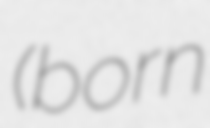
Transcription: (born